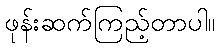
ဖုန်းဆက်ကြည့်တာပါ။